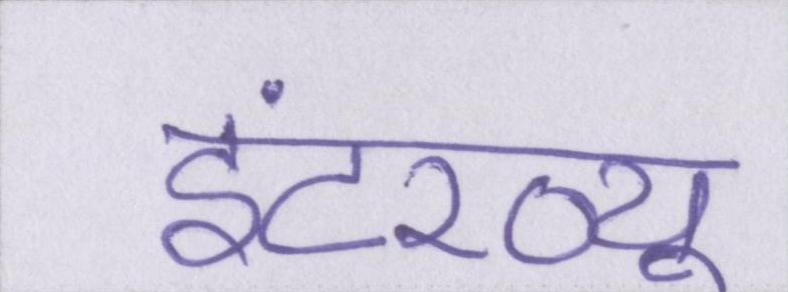
इंटरव्यू